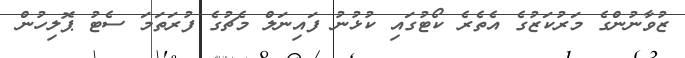
ޒުވާނުންގެ މަރުކަޒުގެ އެތެރެ ކޯޓުގައި ކުޅުނު ފައިނަލް މެޗުގެ ފުރަތަމަ ސެޓު ޕޮލިހުން